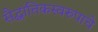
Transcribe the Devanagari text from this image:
सैद्घांतिकस्वरुपाचे